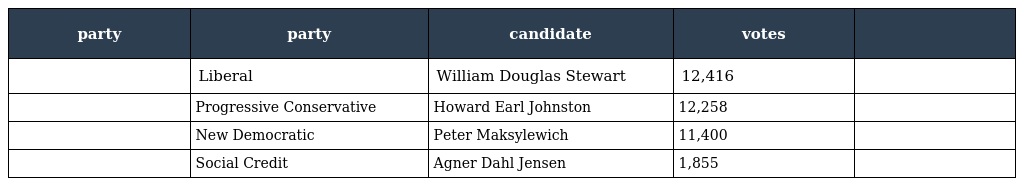
| party | party | candidate | votes |  |
 | --- | --- | --- | --- | --- |
 |  | Liberal | William Douglas Stewart | 12,416 |  |
 |  | Progressive Conservative | Howard Earl Johnston | 12,258 |  |
 |  | New Democratic | Peter Maksylewich | 11,400 |  |
 |  | Social Credit | Agner Dahl Jensen | 1,855 |  |